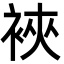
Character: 裌